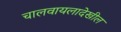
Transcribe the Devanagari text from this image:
चालवायलादेखील